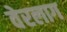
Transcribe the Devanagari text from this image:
वेरलाग